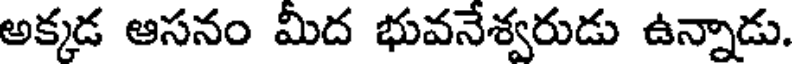
అక్కడ ఆసనం మీద భువనేశ్వరుడు ఉన్నాడు.